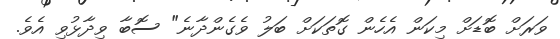
ވަރަށް ބޮޑަށް މިކަން އެހެން ގޮތަކަށް ބަލު ވެގެންދާނެ" ސޮބާ ވިދާޅުވި އެވެ.